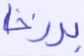
برزخا